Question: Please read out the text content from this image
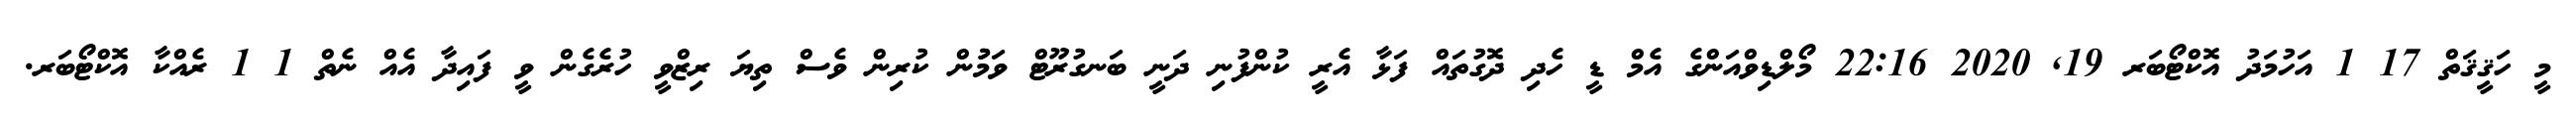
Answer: މީ ހަޤީޤަތް 17 1 އަހުމަދު އޮކްޓޯބަރ 19, 2020 22:16 މޯލްޑިވްއަންގެ އެމް ޑީ ހެދި ދޮގުތައް ފަޅާ އެރީ ކުންފުނި ދަނީ ބަނގުރޫޓް ވަމުުން ކުރިން ވެސް ތިޔަ ރިޒްވީ ހުރެގެން ވީ ފައިދާ އެއް ނެތް 1 1 ރެއްކާ އޮކްޓޯބަރ.